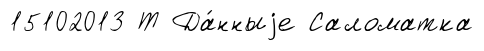
15102013 Т Да́нныjе Саломатка